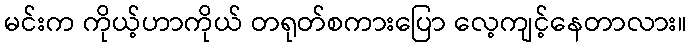
မင်းက ကိုယ့်ဟာကိုယ် တရုတ်စကားပြော လေ့ကျင့်နေတာလား။